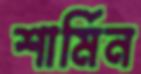
শার্মিন